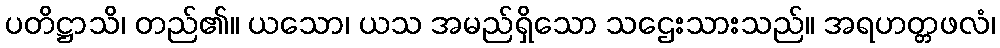
ပတိဋ္ဌာသိ၊ တည်၏။ ယသော၊ ယသ အမည်ရှိသော သဌေးသားသည်။ အရဟတ္တဖလံ၊